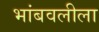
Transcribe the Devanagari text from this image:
भांबवलीला